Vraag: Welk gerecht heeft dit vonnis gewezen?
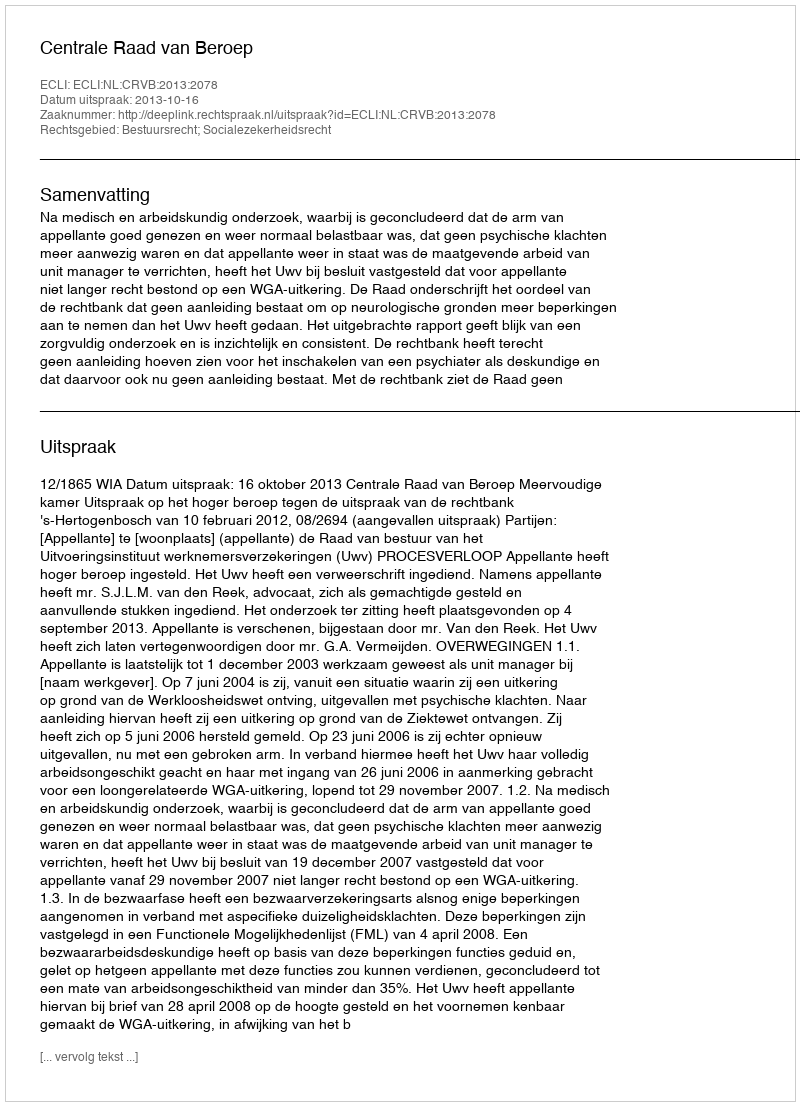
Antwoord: Centrale Raad van Beroep